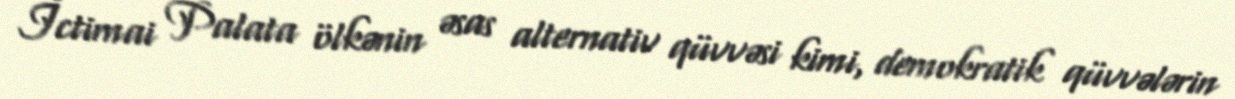
İctimai Palata ölkənin əsas alternativ qüvvəsi kimi, demokratik qüvvələrin